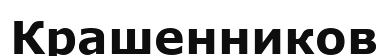
Крашенников